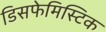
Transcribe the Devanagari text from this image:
डिसफेमिस्टिक